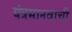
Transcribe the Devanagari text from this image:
यंत्रमानवाची